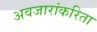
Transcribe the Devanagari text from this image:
अवजारांकरिता